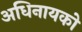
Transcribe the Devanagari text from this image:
अधिनायको